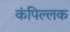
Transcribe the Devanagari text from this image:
कंपिल्लक